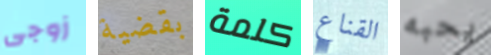
زوجى بقضية كلمة القناع يحبه